Annual report on the mental hospital in the Central Provinces and Berar (Nagpur) - 1927-1951
Year: 1927
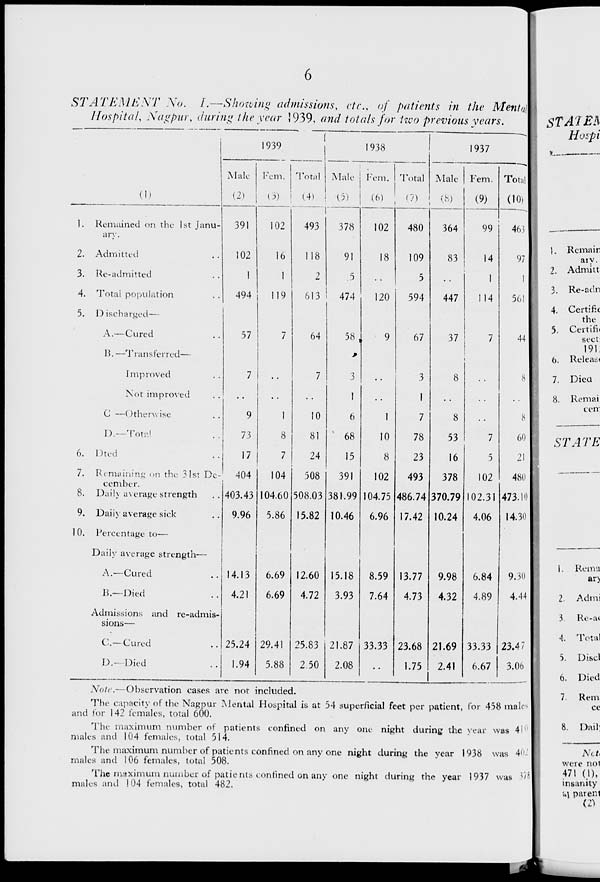
6
STATEMENT
No.
I.—Showing admissions, etc., of patients in the Mental
Hospital, Nagpur, during the year 1939, and totals for two previous years.
(1)
1. Remained on the 1st Janu-
ary.
2. Admitted ..
3. Re-admitted ..
4. Total population ..
5. Discharged—
A.—Cured ..
B. —Transferred—
Improved ..
Not improved ..
C —Otherwise ..
D.—Total ..
6. Died ..
7. Remaining on the 31st De-
cember.
8. Daily average strength ..
9. Daily average sick ..
10. Percentage to—
Daily average strength—
A.—Cured ..
B.—Died ..
Admissions and re-admis-
sions—
C.—Cured ..
D.—Died ..
1939
Male
(2)
391
102
1
494
57
7
..
9
73
17
404
403.43
9.96
14.13
4.21
25.24
1.94
Fem.
(3)
102
16
1
119
7
..
..
1
8
7
104
104.60
5.86
6.69
6.69
29.41
5.88
Total
(4)
493
118
2
613
64
7
..
10
81
24
508
508.03
15.82
12.60
4.72
25.83
2.50
1938
Male
(5)
378
91
5
474
58
3
1
6
68
15
391
381.99
10.46
15.18
3.93
21.87
2.08
Fem.
(6)
102
18
..
120
9
..
..
1
10
8
102
104.75
6.96
8.59
7.64
33.33
..
Total
(7)
480
109
5
594
67
3
1
7
78
23
493
486.74
17.42
13.77
4.73
23.68
1.75
1937
Male
(8)
364
83
..
447
37
8
..
8
53
16
378
370.79
10.24
9.98
4.32
21.69
2.41
Fem.
(9)
99
14
1
114
7
..
..
..
7
5
102
102.31
4.06
6.84
4.89
33.33
6.67
Total
(10)
463
97
1
561
44
8
..
8
60
21
480
473.10
14.30
9.30
4.44
23.47
3.00
Note.— Observation cases are not included.
The capacity of the Nagpur Mental Hospital is at 54 superficial feet per patient, for 458 males
and for 142 females, total 600.
The maximum number of patients confined on any one night during the year was 410
males and 104 females, total 514.
The maximum number of patients confined on any one night during the year 1938 was 402
males and 106 females, total 508.
The maximum number of patients confined on any one night during the year 1937 was 378
males and 104 females, total 482.